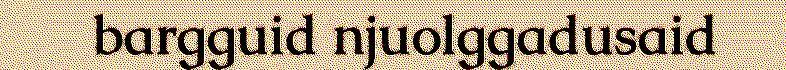
bargguid njuolggadusaid